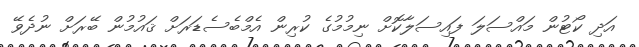
އަދި ކޯޓުން މައްސަލަ ފައިސަލާކޮށް ނިމުމުގެ ކުރިން އެމްބެސެޑަރަށް ޤައުމުން ބޭރަށް ނުދެވޭ